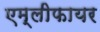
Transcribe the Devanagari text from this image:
एम्लीफायर